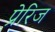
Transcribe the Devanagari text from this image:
प्रेरिज